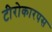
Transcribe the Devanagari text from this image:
टीरोकारपस